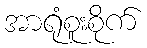
အာရုံစူးစိုက်